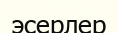
эсерлер